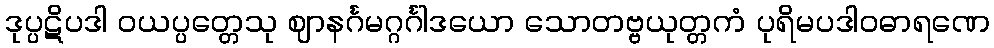
ဒုပ္ပဋိပဒါ ဝယပ္ပတ္တေသု ဈာနင်္ဂမဂ္ဂင်္ဂါဒယော သောတဗ္ဗယုတ္တကံ ပုရိမပဒါဝဓာရဏေ